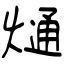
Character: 熥